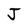
Character: J